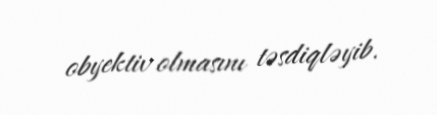
obyektiv olmasını təsdiqləyib.